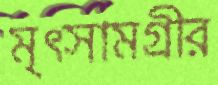
মৃত্সামগ্রীর